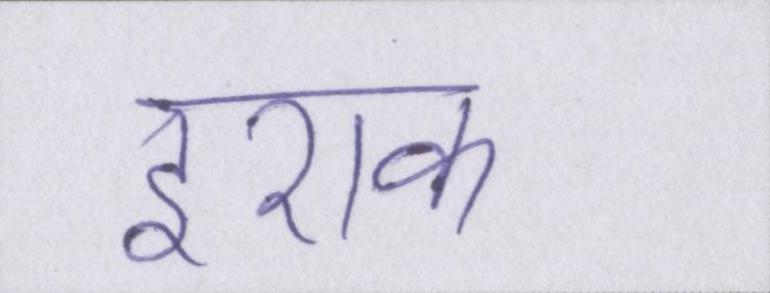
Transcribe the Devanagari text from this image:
इराक।